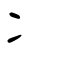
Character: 冫